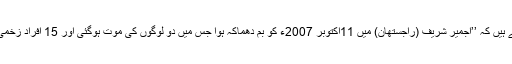
وہ لکھتے ہیں کہ ’’اجمیر شریف (راجستھان) میں 11اکتوبر 2007ء کو بم دھماکہ ہوا جس میں دو لوگوں کی موت ہوگئی اور 15 افراد زخمی ہوگئے۔